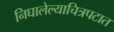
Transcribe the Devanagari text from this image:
निघालेल्याचित्रपटात